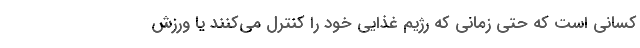
کسانی است که حتی زمانی که رژیم غذایی خود را کنترل می‌کنند یا ورزش